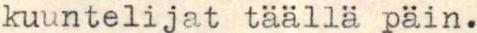
kuuntelijat täällä päin.